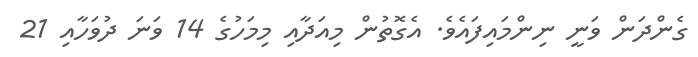
ގެންދަން ވަނީ ނިންމައިފައެވެ. އެގޮތުން މިއަދާއި މިމަހުގެ 14 ވަނަ ދުވަހާއި 21